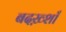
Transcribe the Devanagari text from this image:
बदख़्शाँ